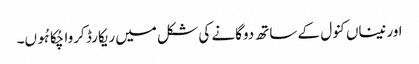
اور نیناں کنول کے ساتھ دوگانے کی شکل میں ریکارڈ کروا چُکا ہُوں۔